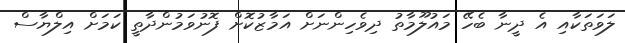
ލަވަތަކާއި އެ ދީނާ ބެހޭ މައުލޫމާތު ދިވެހިންނަށް އަމާޒުކޮށް ފޮނުވަމުންދާތީ ކަމަށް އިލްޔާސް